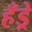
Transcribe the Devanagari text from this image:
हँड्रे